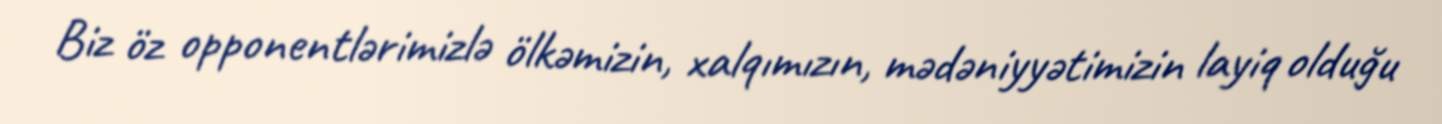
Biz öz opponentlərimizlə ölkəmizin, xalqımızın, mədəniyyətimizin layiq olduğu